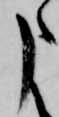
申